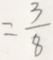
= \frac { 3 } { 8 }